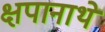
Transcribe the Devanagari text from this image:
क्षपानाथे